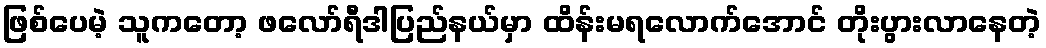
ဖြစ်ပေမဲ့ သူကတော့ ဖလော်ရီဒါပြည်နယ်မှာ ထိန်းမရလောက်အောင် တိုးပွားလာနေတဲ့